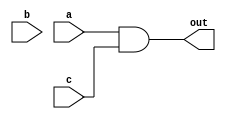
`timescale 1ns / 1ps
/* /////////////////////////////////////////////////////////////////////////////////

Question: 6
Circuit: FD

Implements circuit:

out = (a&c | b&~c) & c

Correction: Circuit changed to it's logical equivalent: a&c
This avoids the ANDing of c & ~c which causes the static-0 hazard.

Delay only given at NOT gate(s) as that(those) is(are) the only gate(s) that causes(cause) the static-0 hazard.

*/ /////////////////////////////////////////////////////////////////////////////////
module q6_FD(
    input a,
    input b,
    input c,
    output out
    );

	assign out = a&c;

endmodule